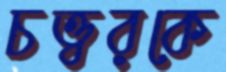
চত্ত্বরকে